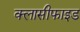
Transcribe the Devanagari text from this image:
क्लासीफाइड